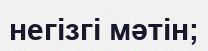
негізгі мәтін;